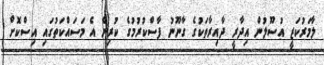
ލާމަރުކަޒީ އުސޫލުން އިދާރީ ދާއިރާތަކުގެ ގާނޫނު ފާސްކުރުމުގެ ކުރިން އެ މަސައްކަތުގައި އިސްކޮށް